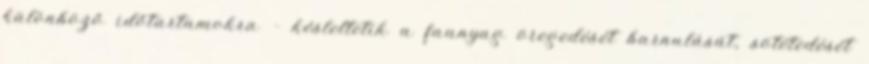
különböző időtartamokra – késleltetik a faanyag öregedését barnulását, sötétedését